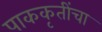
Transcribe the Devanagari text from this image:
पाककृतींचा